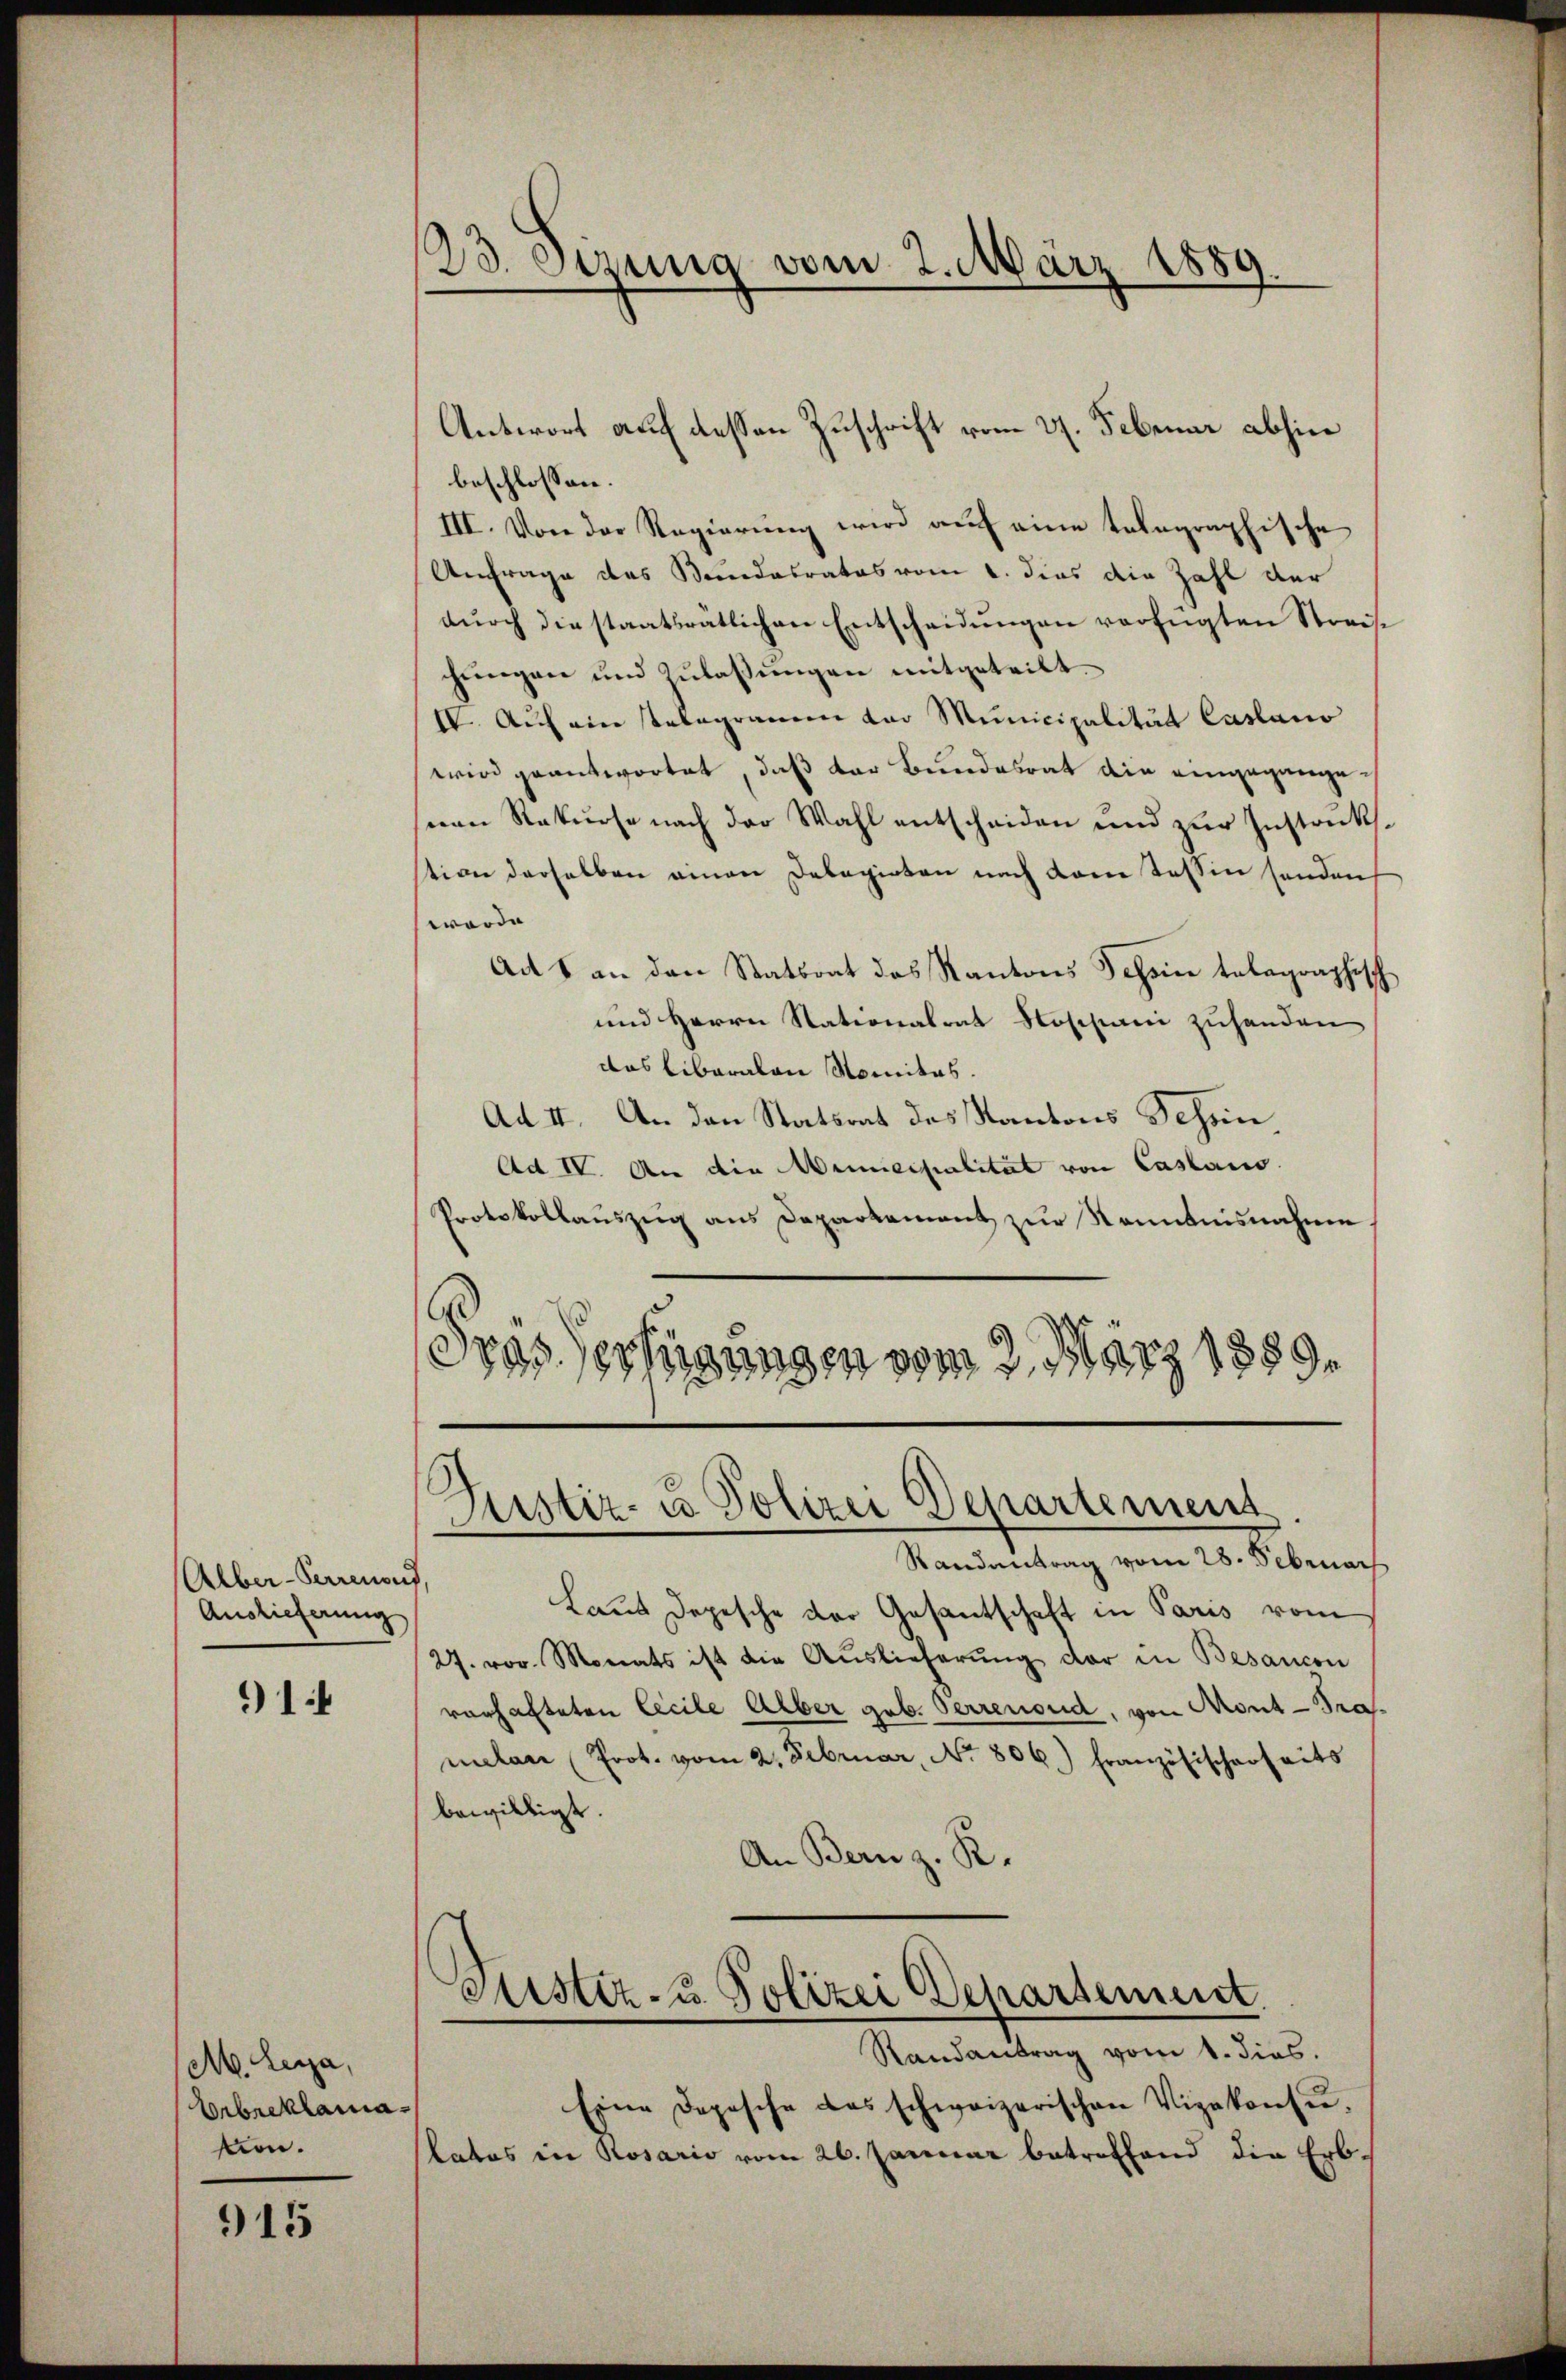
Alber-Purrenond,
Auslieferung

91

M. Leya,
Erbreklamasion.

915

23. Sizung vom 2. März 1889.

beschlossen:
III. Von der Regierŭng wird aŭf eine telegraphische
Anfrage des Bundesrates vom 1. dies die Zahl der
dŭrch die staatsratlichen Entscheidŭngen verfügten Streise
chŭngen und Zŭlassŭngen mitgeteilt.
IV. Aŭf ein stelegramm der Municipalität Casano
wird geantwortet, daß der Bundesrat die eingegangenen Rekurse nach der Wahl entscheiden und zur Instrukstion derselben einen Delegirten nach vom Tessin sonden
worde
Ad 1 an den Statsrat des Kantons Schein telegraphisch
und Herrn Nationalrat Roschani zuhanden
das Liberalen Nomitas.
Ad II. An den Statsrat des Kantons Schein,
Ad IV. An die Municipalität von Casano.
Protokollauszug aus Departement zur Kenntnisnahmen
Fräs. erfügungen vom 2. März 1889.

Antwort auf dessen Zuschrift vom 27. Februar abhin

Justiz- u. Polizei Departement.
Randantrag vom 28. Sebenach

Laus Depesche der Gesantschaft in Paris vom
27. vor. Monats ist die Auslieferŭng der in Besancon
vorhafteten Cecile Alber geb. Verrenoud, von Mont-Pramelen Prot. vom 2. Februar, No 806.) Französischerheits
bewilligt.
An Bern z. R.
Justiz- & Polizei Departement
Randantrag vom 1. dies.
Eine Depesche das schweizerischen Vizekonsu¬
Labes in Rosario vom 26. Januar betreffend die Erb¬